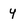
Character: y